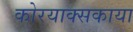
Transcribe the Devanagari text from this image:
कोरयाक्सकाया